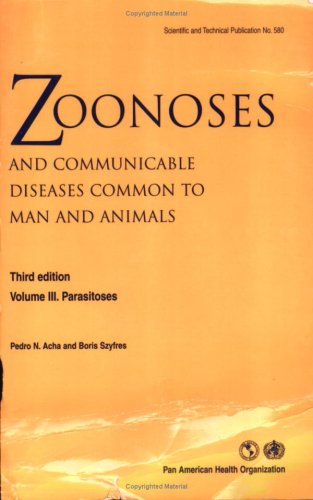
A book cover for Zoonoses and Communicable Diseases Common to Man and Animals, Vol. III: Parasitoses, Third Edition (Scientific and Technical Publication); Pan American Health Organization; Medical Books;